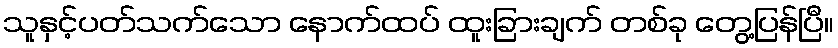
သူနှင့်ပတ်သက်သော နောက်ထပ် ထူးခြားချက် တစ်ခု တွေ့ပြန်ပြီ။